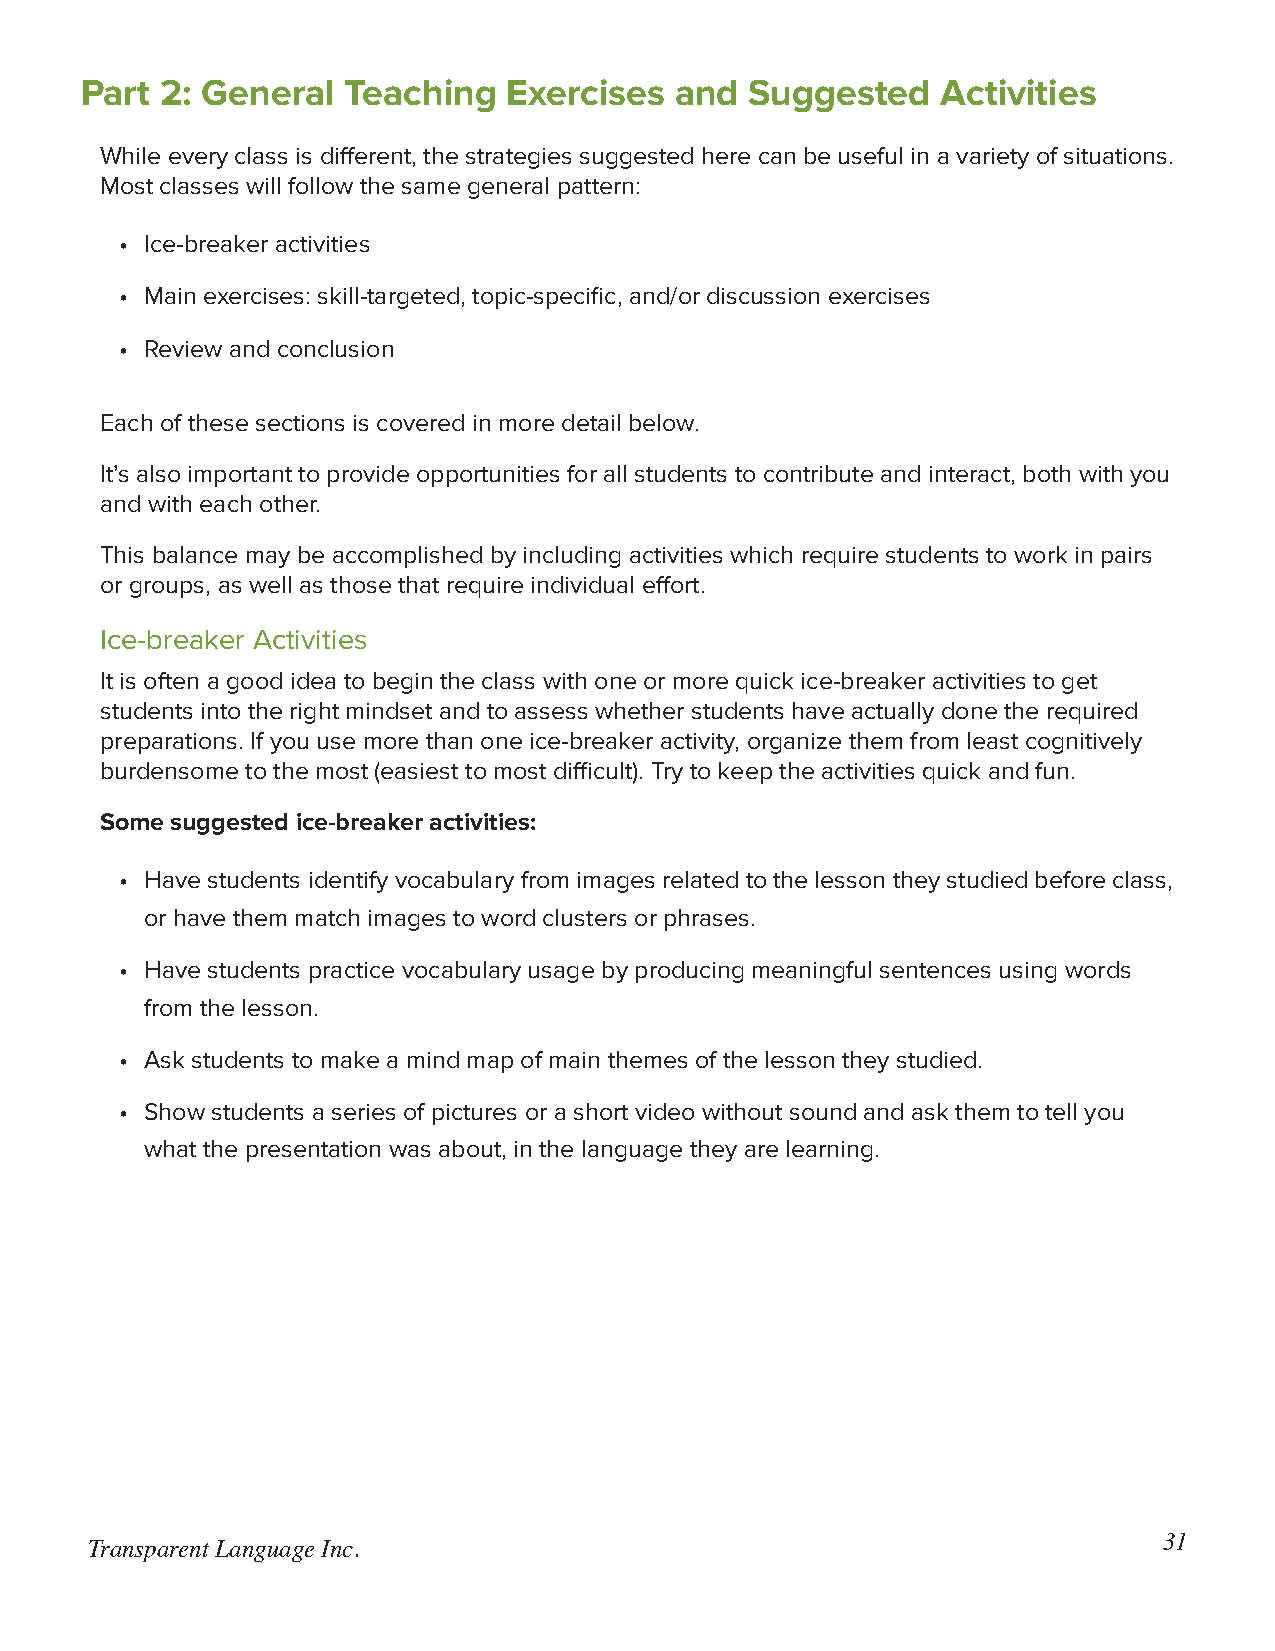
Part  2: General  Teaching   Exercises  and  Suggested   Activities
 While every class is different, the strategies suggested here can be useful in a variety of situations.
 Most classes will follow the same general pattern:
 • Ice-breaker activities
 • Main exercises: skill-targeted, topic-specific, and/or discussion exercises
 • Review and conclusion
 Each of these sections is covered in more detail below.
 It’s also important to provide opportunities for all students to contribute and interact, both with you
 and with each other.
 This balance may be accomplished by including activities which require students to work in pairs
 or groups, as well as those that require individual effort.
 Ice-breaker Activities
 It is often a good idea to begin the class with one or more quick ice-breaker activities to get
 students into the right mindset and to assess whether students have actually done the required
 preparations. If you use more than one ice-breaker activity, organize them from least cognitively
 burdensome to the most (easiest to most difficult). Try to keep the activities quick and fun.
 Some suggested ice-breaker activities:
 • Have students identify vocabulary from images related to the lesson they studied before class,
 or have them match images to word clusters or phrases.
 • Have students practice vocabulary usage by producing meaningful sentences using words
 from the lesson.
 • Ask students to make a mind map of main themes of the lesson they studied.
 • Show students a series of pictures or a short video without sound and ask them to tell you
 what the presentation was about, in the language they are learning.
 31
 Transparent Language Inc.